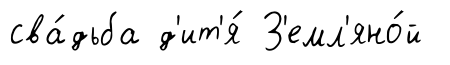
сва́дьба д'ит'я́ З'емл'яно́й